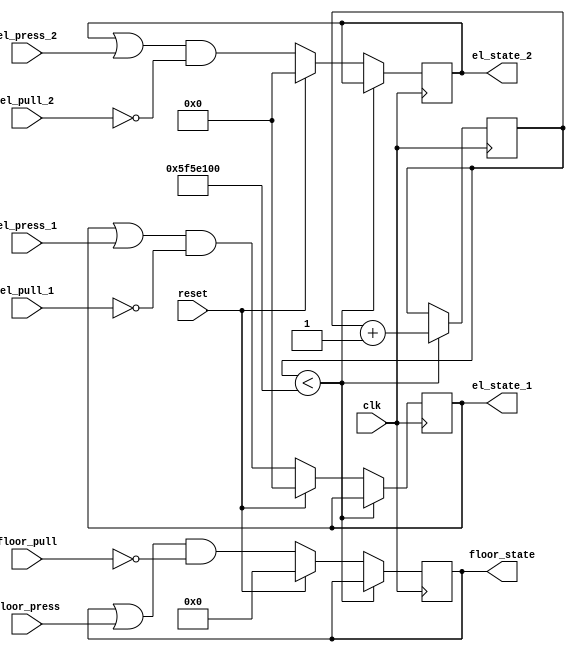
module button_state(
    input clk,
    input reset,
    input [5:0] floor_press,
    input [3:0] el_press_1,
    input [3:0] el_press_2,
    input [5:0] floor_pull,
    input [3:0] el_pull_1,
    input [3:0] el_pull_2, 
    output reg [5:0] floor_state,
    output reg [3:0] el_state_1,
    output reg [3:0] el_state_2
    );
    
    initial
    begin
        floor_state = 6'b000000;
        el_state_1 = 4'b0000;
        el_state_2 = 4'b0000;
    end
    
    reg [28:0] counter;
    parameter MAXVAL = 100000000;
    
    always @ (posedge clk)
    begin
        if (counter < MAXVAL)
        begin
            counter = counter + 1;
        end
        else
        begin
       
    //        if (floor_press[0])
    //            floor_state[0] = 1;
    //        else if (floor_press[1])
    //            floor_state[0] = 0;
            floor_state = floor_state | floor_press;
            el_state_1 = el_state_1 | el_press_1;
            el_state_2 = el_state_2 | el_press_2;
            
            floor_state = floor_state & ~floor_pull;
            el_state_1 = el_state_1 & ~el_pull_1;
            el_state_2 = el_state_2 & ~el_pull_2;
            
            if (reset)
            begin
                floor_state = 0;
                el_state_1 = 0;
                el_state_2 = 0;
            end
        end
    end
    
    
endmodule